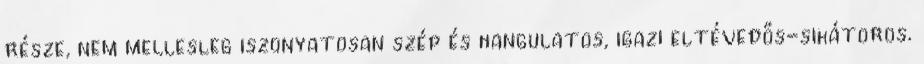
része, nem mellesleg iszonyatosan szép és hangulatos, igazi eltévedős-sikátoros.